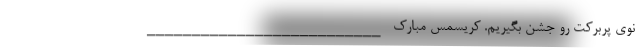
نوی پربرکت رو جشن بگیریم. کریسمس مبارک __________________________